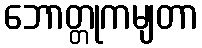
ဘောတ္တုကမျတာ